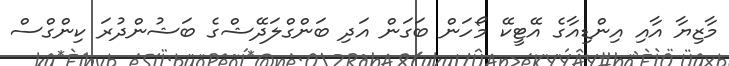
މާޒިޔާ އާއި އިންޑިއާގެ އޭޓީކޭ މޯހަން ބަގަން އަދި ބަންގްލަދޭޝްގެ ބަޝުންދުރަ ކިންގްސް